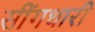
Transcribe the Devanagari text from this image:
सींगधारी